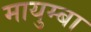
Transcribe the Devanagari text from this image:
मायुम्बा